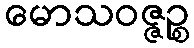
မောသဝဇ္ဇဉ္စ